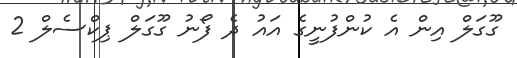
ގޫގަލް އިން އެ ކުންފުނީގެ އައު ދެ ފޯނު ގޫގަލް ޕިކްސެލް 2